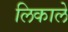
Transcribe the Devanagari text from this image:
लिकाले